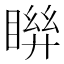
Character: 𥈒